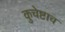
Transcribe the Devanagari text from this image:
कुचेष्टाच